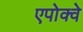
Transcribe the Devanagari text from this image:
एपोक्वे